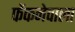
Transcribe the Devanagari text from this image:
फेंकनेवाला